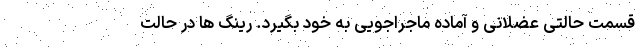
قسمت حالتی عضلانی و آماده ماجراجویی به خود بگیرد. رینگ ها در حالت